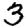
Digit: 3